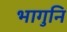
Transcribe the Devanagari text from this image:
भागुनि